Tezpur Lunatic Asylum reports 1877-1894 - 1877-1894
Year: 1877
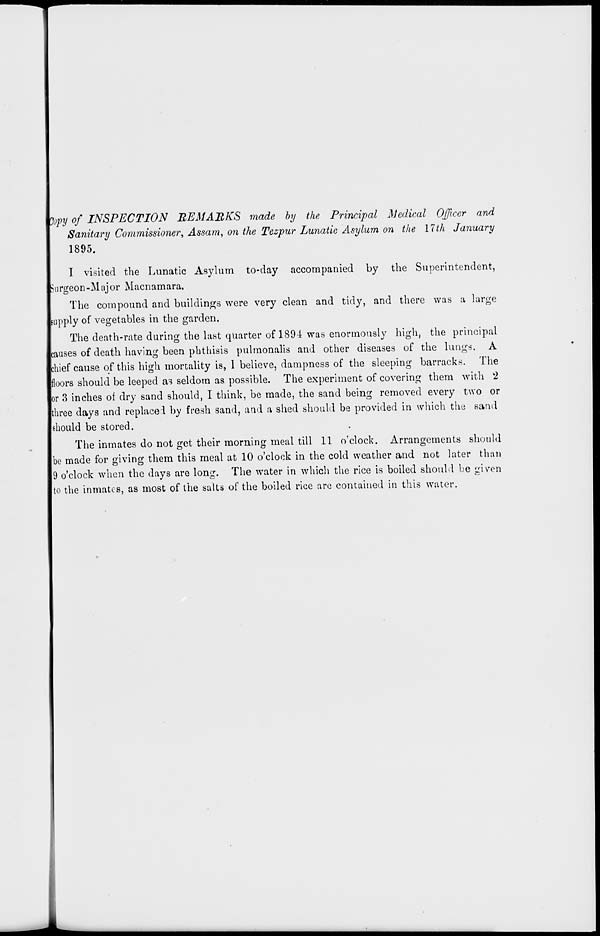
Jopy of INSPECTION REMARKS made by the Principal Medical Officer and
Sanitary Commissioner, Assam, on the Tezpur Lunatic Asylum on the 17th January
1895.
I visited the Lunatic Asylum to-day accompanied by the Superintendent,
jurgeon-Major Macnamara.
The compound and buildings were very clean and tidy, and there was a large
supply of vegetables in the garden.
The death-rate during the last quarter of 1894 was enormously high, the principal
causes of death having been phthisis pulmonalis and other diseases of the lungs. A
hief cause of this high mortality is, 1 believe, dampness of the sleeping barracks. The
loors should be leeped as seldom as possible. The experiment of covering them with 2
or 3 inches of dry sand should, I think, be made, the sand being removed every two or
three days and replace 1 by fresh sand, and a shed should be provided in which the sand
should be stored.
The inmates do not get their morning meal till 11 o'clock. Arrangements should
be made for giving them this meal at 10 o'clock in the cold weather and not later than
9 o'clock when the days are long. The water in which the rice is boiled should be given
to the inmates, as most of the salts of the boiled rice are contained in this water.